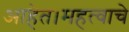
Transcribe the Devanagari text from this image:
आहेत।महत्वाचे